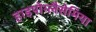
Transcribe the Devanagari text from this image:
हाइपोग्लैसेमिया